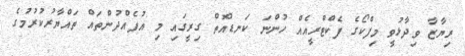
ރިޔާޒާ ވިދާޅުވީ މިފްކޯގެ ފެކްޓްރީއެއް ހުންނަ ކަނޑުއޮތް ގިރީގައި މި އުފެއްދުންތައް ތައްޔާރުކުރުމުގެ